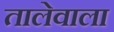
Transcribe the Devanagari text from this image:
तालेवाला